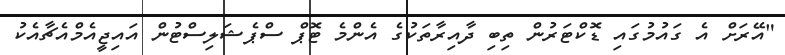
"އޭރަށް އެ ގައުމުގައި ޑޮކްޓަރުން ތިބި ދާއިރާތަކުގެ އެންމެ ޓޮޕް ސްޕެޝަލިސްޓުން އައިޖީއެމްއެޗާއެކު